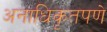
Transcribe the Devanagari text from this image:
अनाधिकृतपणे